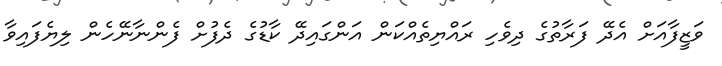
ވަޒީފާއަށް އެދޭ ފަރާތުގެ ދިވެހި ރައްޔިތެއްކަން އަންގައިދޭ ކާޑުގެ ދެފުށް ފެންނާނޭހެން ލިޔެފައިވާ